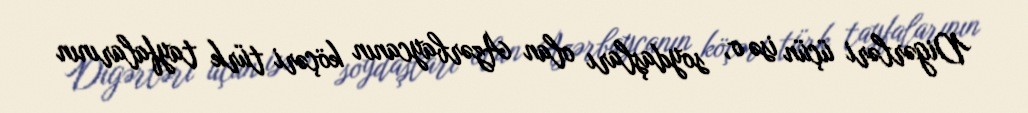
Digərləri üçün isə o, soydaşları olan Azərbaycanın köçəri türk tayfalarının